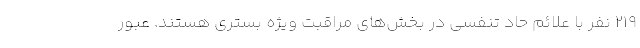
219 نفر با علائم حاد تنفسی در بخش‌های مراقبت ویژه بستری هستند. عبور